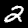
Label: 2